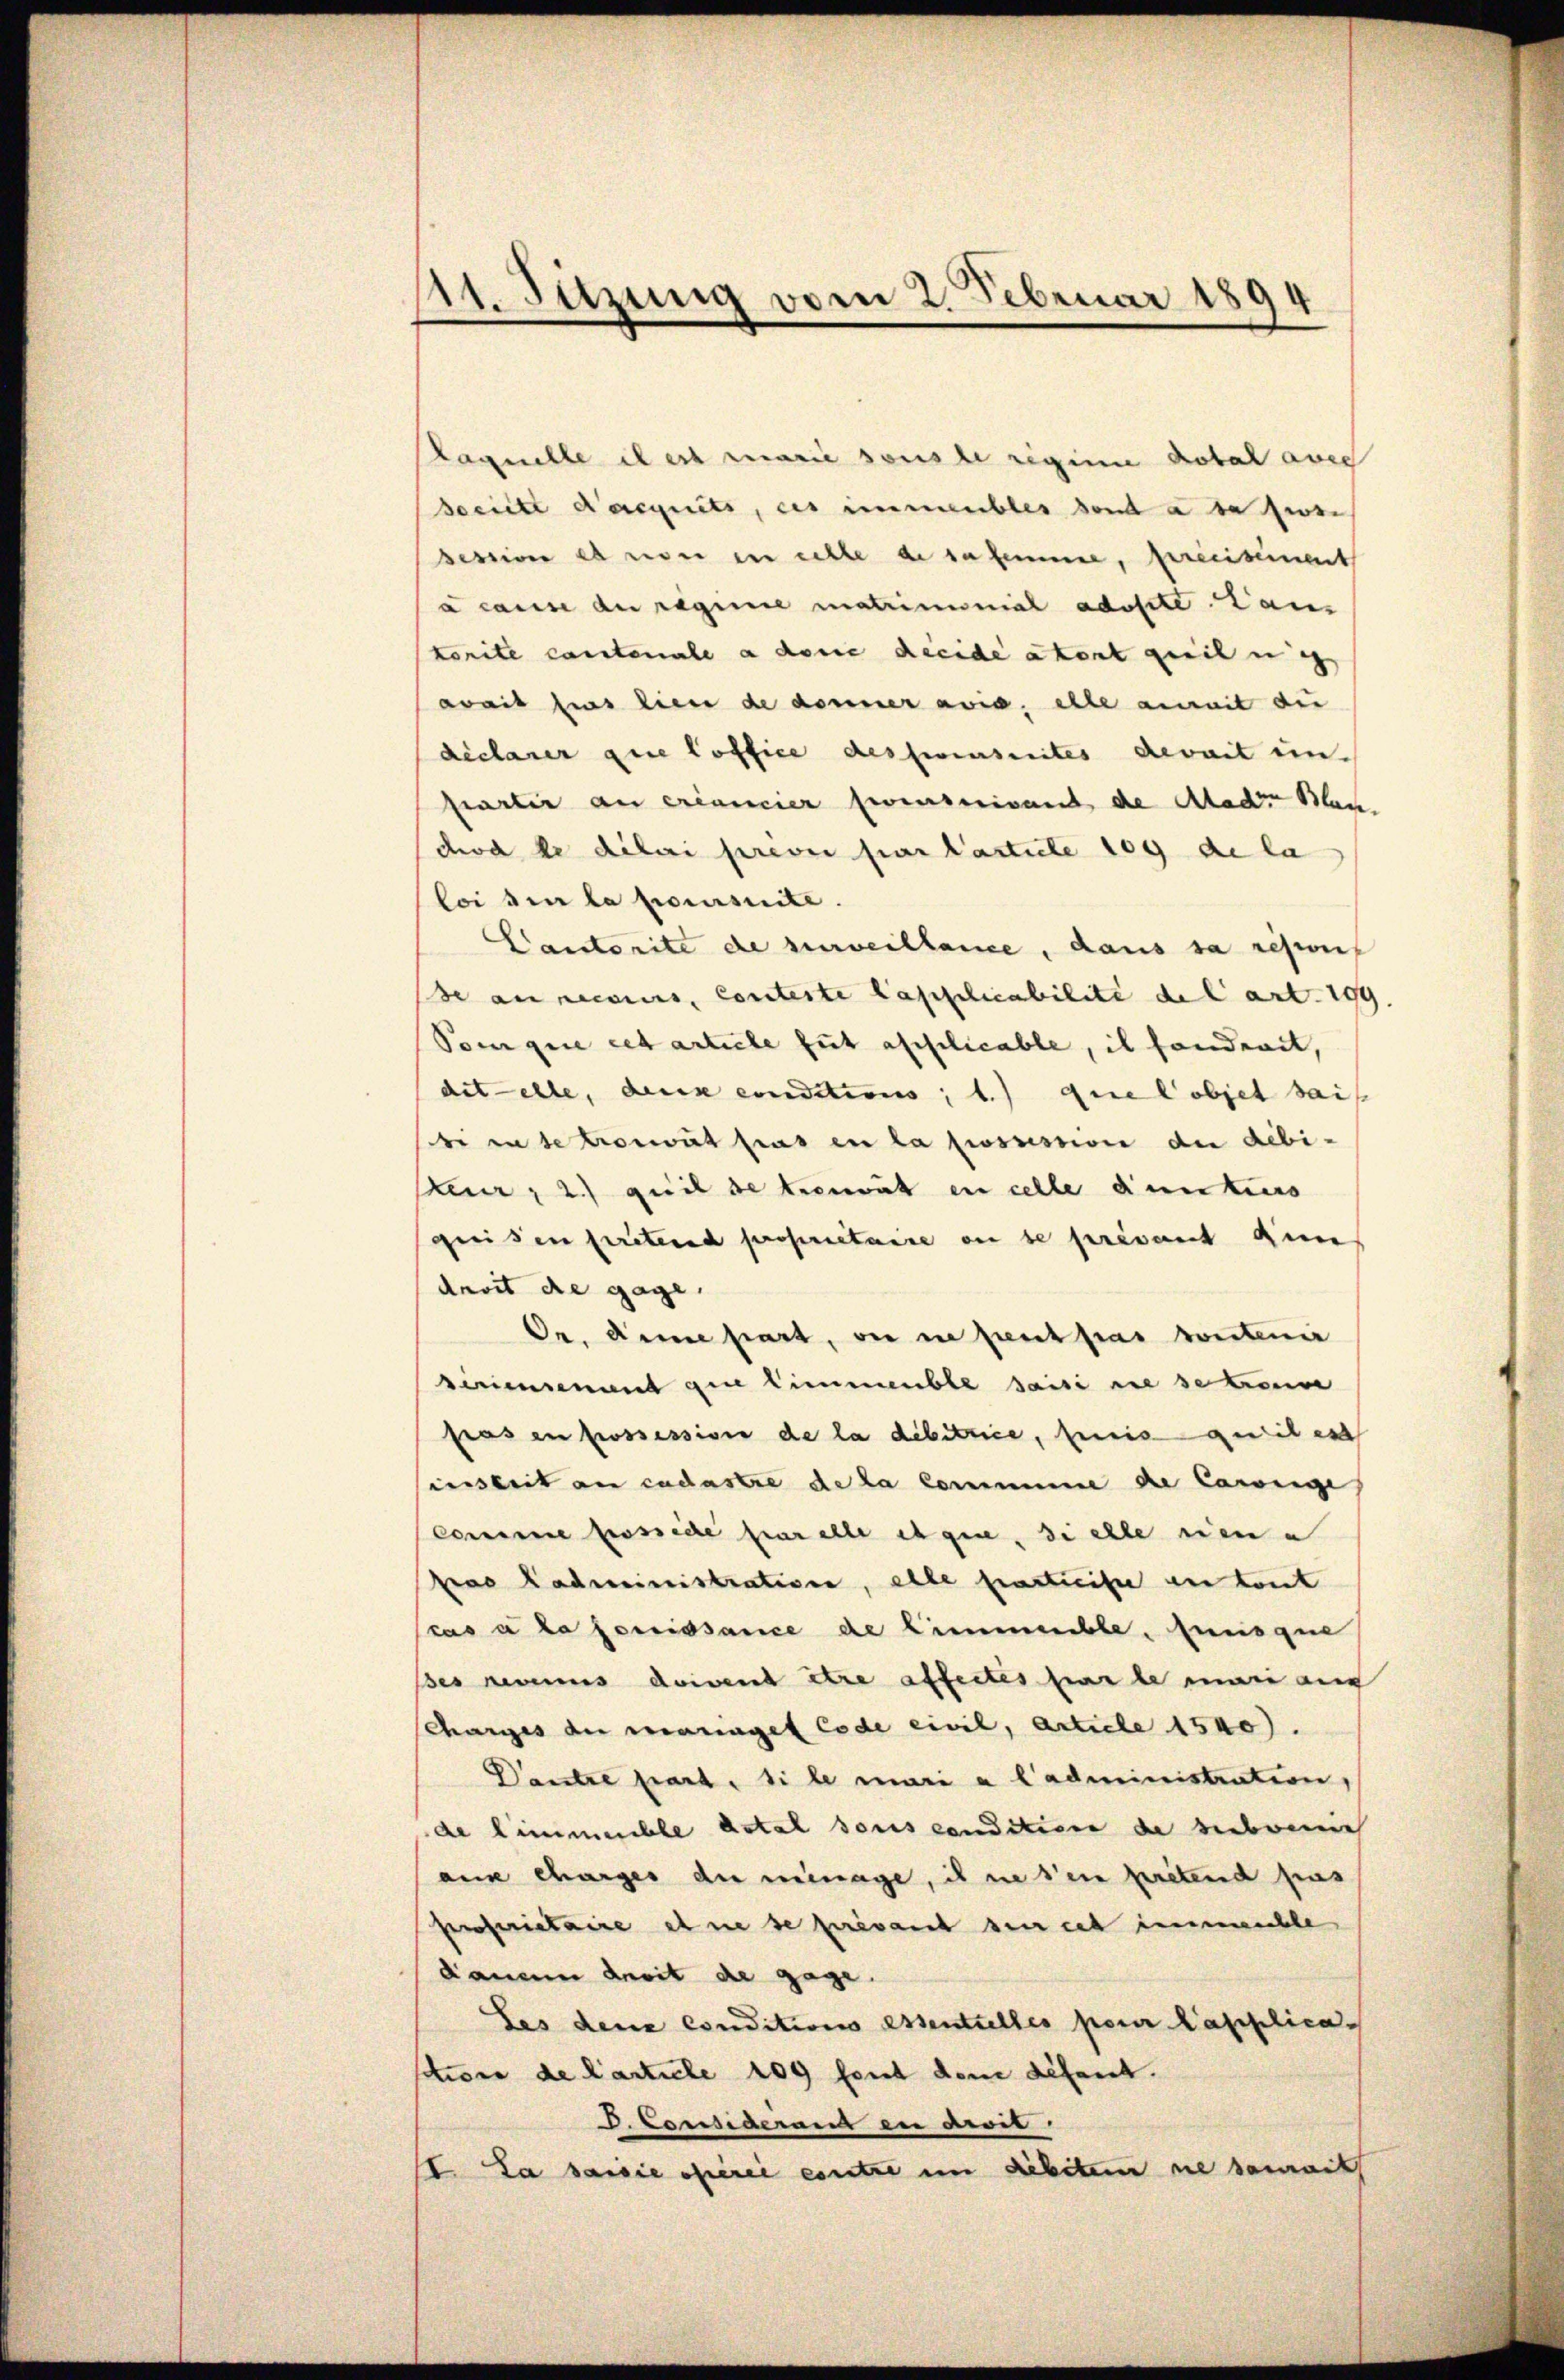
11. Sitzung vom 2. Februar 1894

Kaquelle il er marie sous le reginne dotal aber
Beeilte acquits, des immeubles dont a dass
session es riser in eelle de sa femme, Erreiseiment
a cause der regime matrimonial adosste Laus
kenite contenale a dene Reide atent geeilen i
zweit hier lieu de donner avis, elle anmit die
déclarer die office dessensuites devait un
partir an ercancier seinservant de Aador Blac
cod de dilai prever par lasticle 109 de la
loi den la poursuite.
Cautorite de surveillance, dans sa repon
de an recours, conteste Capplicabilité de l’art. 199
Pongue cet artiele gut applicable, il fandrait,
dit elle, denck conditions; b.) que l’objet sais
bi inte troit pas en la possession de débi-
Peur; 2) quil se trengut en celle dunters
gweisen stretend proprietaire an se prevant den
davit die gage.
Dr. die part, die in peut pas toutenin
Seriensement die Zimmenble saisi die se treue
Pras in grossessive de la debitrice, pris quitest
insbeit au cadastre de la commene die Cassige
Comune posside hier alle es gene, si elle sien a
pas administration, alle fasticise en tout
Pras à la fortissance de Cimmenble. Ennsque
des Revenus doivent être affectes par le mari aug
Scharges du mariaget Code civil, Article 1500.
Dantre part. Si le mari a l’administration,
de Limmeuble dotal sous conditione de siebene
a charges der einage, il ne s’en pretend pas
proprietaire ohne se privant sei et immeuchle
dame devit de gage.
Les dene conditions essentielles parer Capplicaschöne de Carticle 109 font dem Lesent.
D. Consideranz in Arvit
I. La saisie hierie eintre im Liebeten ne damit